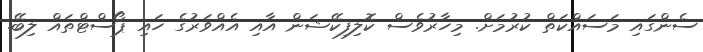
ސެންގައި މަސައްކަތް ކުރުމަށް. މިހާރުވެސް ކޮލިފިކޭޝަން އާއި އެއްވަރުގެ ހައި ޕޯސްޓްތައް ލިބޭ.